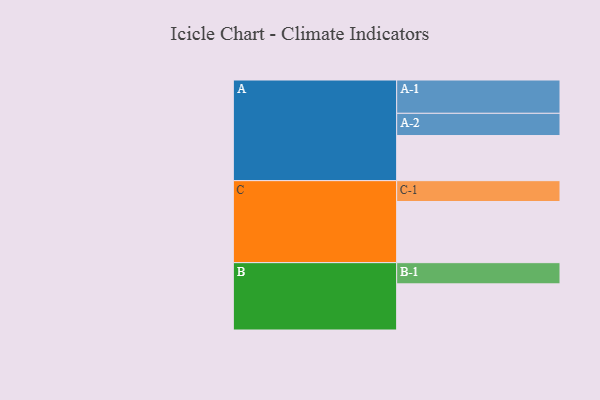
{"axis": {"x": "Segment", "y": "Value"}, "legend": ["", "A", "B", "C"], "data": [{"x": "A", "y": 394, "type": ""}, {"x": "B", "y": 403, "type": ""}, {"x": "C", "y": 534, "type": ""}, {"x": "A-1", "y": 291, "type": "A"}, {"x": "A-2", "y": 194, "type": "A"}, {"x": "B-1", "y": 185, "type": "B"}, {"x": "C-1", "y": 182, "type": "C"}]}